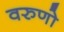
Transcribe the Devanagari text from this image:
वरुणो